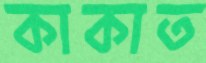
কাকাত